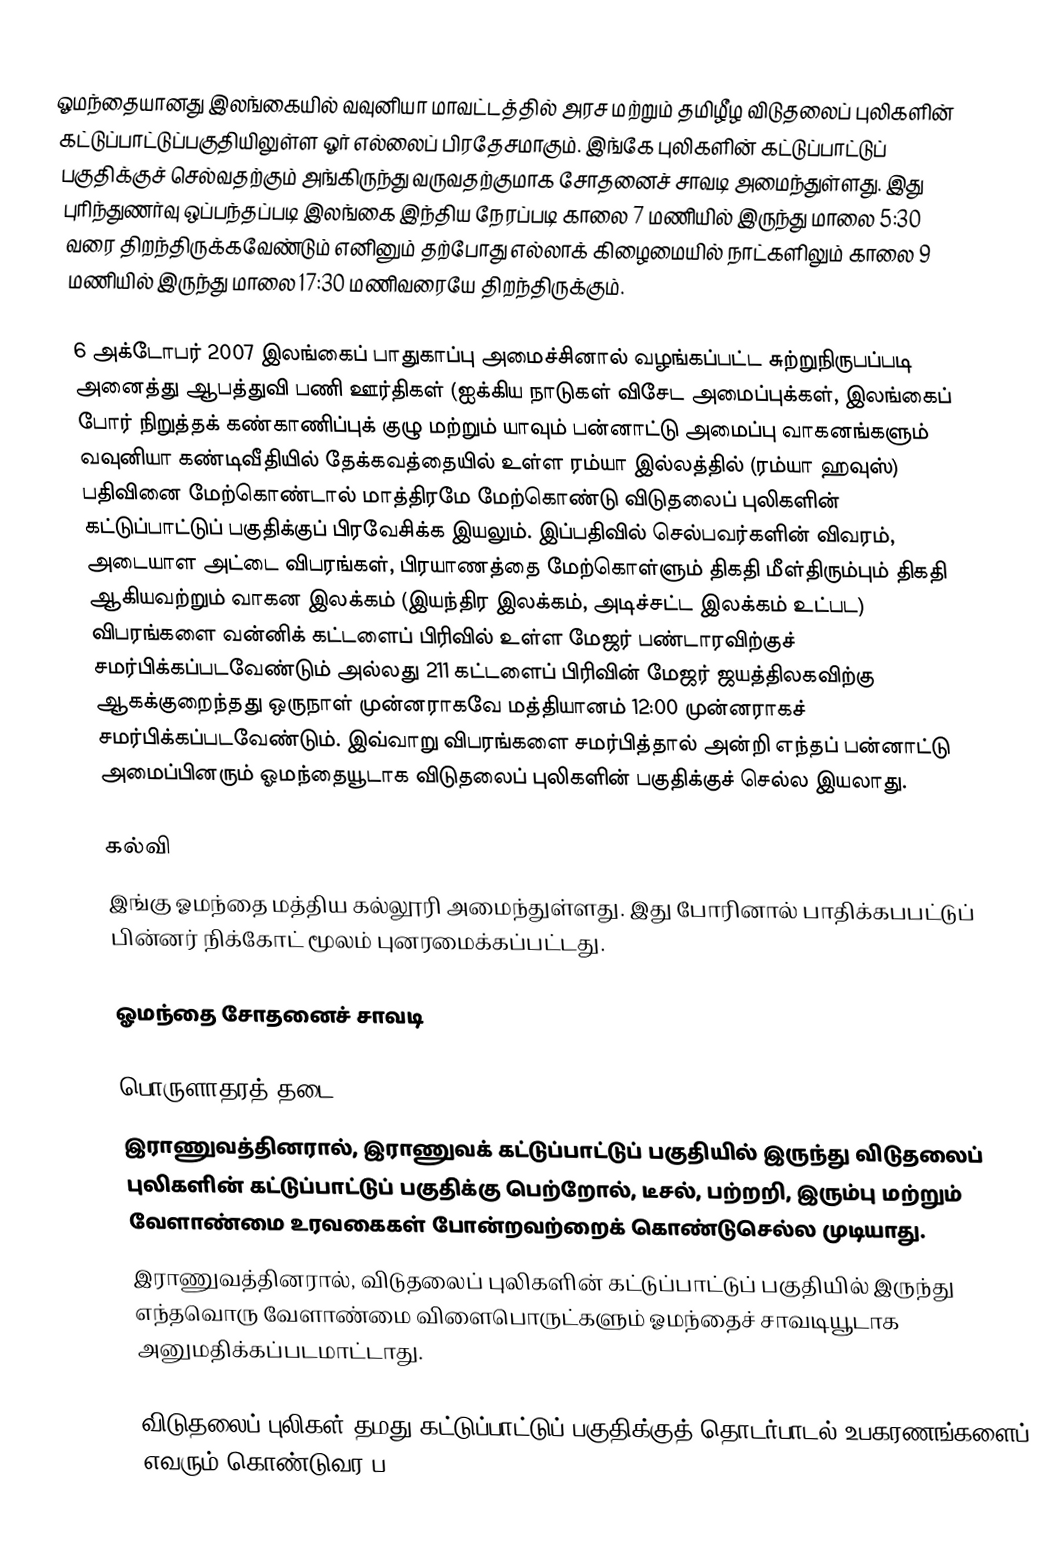
ஓமந்தையானது இலங்கையில் வவுனியா மாவட்டத்தில் அரச மற்றும் தமிழீழ விடுதலைப் புலிகளின் கட்டுப்பாட்டுப்பகுதியிலுள்ள ஓர் எல்லைப் பிரதேசமாகும். இங்கே புலிகளின் கட்டுப்பாட்டுப் பகுதிக்குச் செல்வதற்கும் அங்கிருந்து வருவதற்குமாக சோதனைச் சாவடி அமைந்துள்ளது. இது புரிந்துணர்வு ஒப்பந்தப்படி இலங்கை இந்திய நேரப்படி காலை 7 மணியில் இருந்து மாலை 5:30 வரை திறந்திருக்கவேண்டும் எனினும் தற்போது எல்லாக் கிழைமையில் நாட்களிலும் காலை 9 மணியில் இருந்து மாலை 17:30 மணிவரையே திறந்திருக்கும்.

6 அக்டோபர் 2007 இலங்கைப் பாதுகாப்பு அமைச்சினால் வழங்கப்பட்ட சுற்றுநிருபப்படி அனைத்து ஆபத்துவி பணி ஊர்திகள் (ஐக்கிய நாடுகள் விசேட அமைப்புக்கள், இலங்கைப் போர் நிறுத்தக் கண்காணிப்புக் குழு மற்றும் யாவும் பன்னாட்டு அமைப்பு வாகனங்களும் வவுனியா கண்டிவீதியில் தேக்கவத்தையில் உள்ள ரம்யா இல்லத்தில் (ரம்யா ஹவுஸ்) பதிவினை மேற்கொண்டால் மாத்திரமே மேற்கொண்டு விடுதலைப் புலிகளின் கட்டுப்பாட்டுப் பகுதிக்குப் பிரவேசிக்க இயலும். இப்பதிவில் செல்பவர்களின் விவரம், அடையாள அட்டை விபரங்கள், பிரயாணத்தை மேற்கொள்ளும் திகதி மீள்திரும்பும் திகதி ஆகியவற்றும் வாகன இலக்கம் (இயந்திர இலக்கம், அடிச்சட்ட இலக்கம் உட்பட) விபரங்களை வன்னிக் கட்டளைப் பிரிவில் உள்ள மேஜர் பண்டாரவிற்குச் சமர்பிக்கப்படவேண்டும் அல்லது 211 கட்டளைப் பிரிவின் மேஜர் ஜயத்திலகவிற்கு ஆகக்குறைந்தது ஒருநாள் முன்னராகவே மத்தியானம் 12:00 முன்னராகச் சமர்பிக்கப்படவேண்டும். இவ்வாறு விபரங்களை சமர்பித்தால் அன்றி எந்தப் பன்னாட்டு அமைப்பினரும் ஓமந்தையூடாக விடுதலைப் புலிகளின் பகுதிக்குச் செல்ல இயலாது.

கல்வி
இங்கு ஓமந்தை மத்திய கல்லூரி அமைந்துள்ளது. இது போரினால் பாதிக்கபபட்டுப் பின்னர் நிக்கோட் மூலம் புனரமைக்கப்பட்டது.

ஓமந்தை சோதனைச் சாவடி

பொருளாதரத் தடை
இராணுவத்தினரால், இராணுவக் கட்டுப்பாட்டுப் பகுதியில் இருந்து விடுதலைப் புலிகளின் கட்டுப்பாட்டுப் பகுதிக்கு பெற்றோல், டீசல், பற்றறி, இரும்பு மற்றும் வேளாண்மை உரவகைகள் போன்றவற்றைக் கொண்டுசெல்ல முடியாது.
இராணுவத்தினரால், விடுதலைப் புலிகளின் கட்டுப்பாட்டுப் பகுதியில் இருந்து எந்தவொரு வேளாண்மை விளைபொருட்களும் ஓமந்தைச் சாவடியூடாக அனுமதிக்கப்படமாட்டாது.

விடுதலைப் புலிகள் தமது கட்டுப்பாட்டுப் பகுதிக்குத் தொடர்பாடல் உபகரணங்களைப் எவரும் கொண்டுவர ப